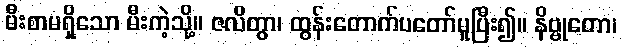
မီးစာမရှိသော မီးကဲ့သို့။ ဇလိတွာ၊ ထွန်းတောက်ပတော်မူပြီး၍။ နိဗ္ဗုတော၊